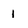
Character: 1